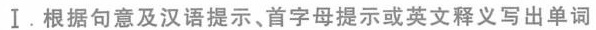
Ⅰ.根据句意及汉语提示、首字母提示或英文释义写出单词